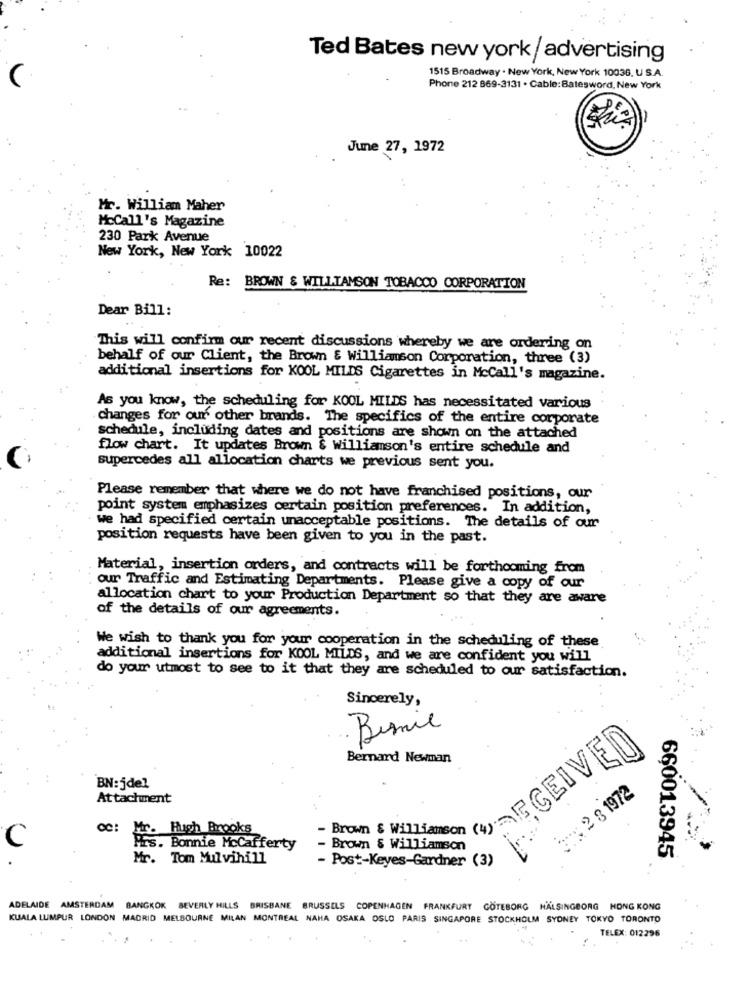
Ted Bates new york/ advertising
1515 Broadway . New York, New York 10036, U S.A.
Phone 212 869-3131 . Cable: Batesword, New York
June 27, 1972
Mr. William Maher
McCall's Magazine
230 Park Avenue
New York, New York 10022
Re: BROWN & WILLIAMSON TOBACCO CORPORATION
Dear Bill:
This will confirm our recent discussions whereby we are ordering on
behalf of our Client, the Brown & Williamson Corporation, three (3)
additional insertions for KOOL MILDS Cigarettes in McCall's magazine.
As you know, the scheduling for KOOL MILDS has necessitated various
changes for our other brands. The specifics of the entire corporate
schedule, including dates and positions are shown on the attached
flow chart. It updates Brown & Williamson's entire schedule and
supercedes all allocation charts we previous sent you.
Please remember that where we do not have franchised positions, our
point system emphasizes certain position preferences. In addition,
we had specified certain unacceptable positions. The details of our
position requests have been given to you in the past.
Material, insertion orders, and contracts will be forthcoming from
our Traffic and Estimating Departments. Please give a copy of our
allocation chart to your Production Department so that they are aware
of the details of our agreements.
We wish to thank you for your cooperation in the scheduling of these
additional insertions for KOOL MILDS, and we are confident you will
do your utmost to see to it that they are scheduled to our satisfaction.
Sincerely,
Bernie
Bernard Newman
ECEIVE
BN:jdel
3: 2 8 1972
Attachment
Hugh Brooks
- Brown & Williamson (4)'
C
s. Bonnie MoCafferty
- Brown & Williamson
Mr. Tom Mulvihill
- Post-Keyes-Gardner (3)
660013945
ADELAIDE AMSTERDAM BANGKOK BEVERLY HILLS BRISBANE BRUSSELS COPENHAGEN FRANKFURT GOTEBORG HÄLSINGBORG HONG KONG
KUALA LUMPUR LONDON MADRID MELBOURNE MILAN MONTREAL NAHA OSAKA OSLO PARIS SINGAPORE STOCKHOLM SYDNEY TOKYO TORONTO
TELEX: 012296